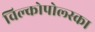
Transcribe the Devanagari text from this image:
विल्कोपोल्स्का